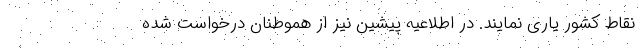
نقاط کشور یاری نمایند. در اطلاعیه پیشین نیز از هموطنان درخواست شده